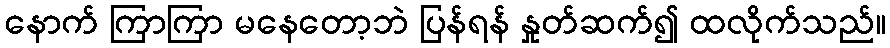
နောက် ကြာကြာ မနေတော့ဘဲ ပြန်ရန် နှုတ်ဆက်၍ ထလိုက်သည်။